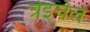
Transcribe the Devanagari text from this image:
त्रेइचेल